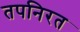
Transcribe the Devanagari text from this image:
तपनिरत